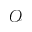
\mathcal { O }